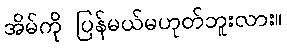
အိမ်ကို ပြန်မယ်မဟုတ်ဘူးလား။